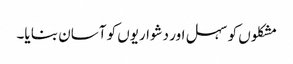
مشکلوں کو سہل اور دشواریوں کو آسان بنا یا۔